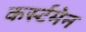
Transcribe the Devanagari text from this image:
कर्स्टमेन